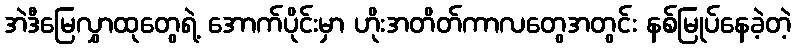
အဲဒီမြေလွှာထုတွေရဲ့ အောက်ပိုင်းမှာ ဟိုးအတိတ်ကာလတွေအတွင်း နစ်မြုပ်နေခဲ့တဲ့